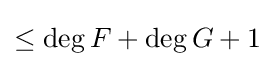
\leq \deg F+\deg G+1